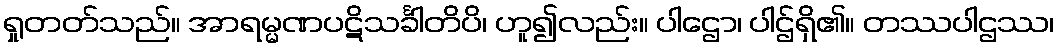
ရှုတတ်သည်။ အာရမ္မဏပဋိသင်္ခါတိပိ၊ ဟူ၍လည်း။ ပါဌော၊ ပါဌ်ရှိ၏။ တဿပါဌဿ၊